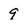
Character: 9